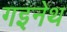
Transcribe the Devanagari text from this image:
गइनेथ